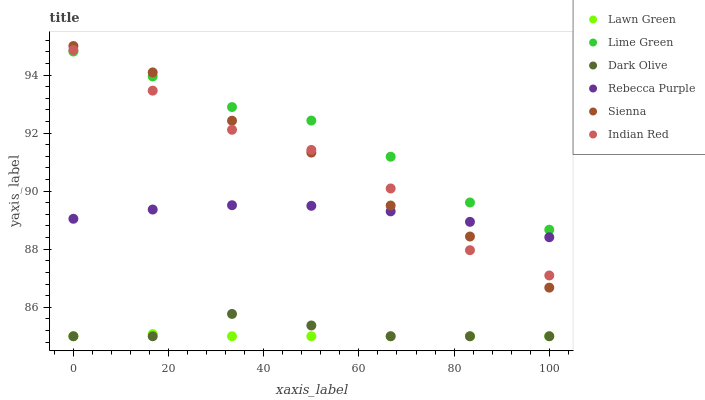
| xaxis_label | Lawn Green | Lime Green | Dark Olive | Rebecca Purple | Sienna | Indian Red |
 | --- | --- | --- | --- | --- | --- | --- |
 | 0 | 85 | 94.8 | 85 | 89 | 95 | 94.9 |
 | 16.7 | 85.1 | 94 | 85 | 89.4 | 94.1 | 93.5 |
 | 33.3 | 85 | 92.9 | 85.8 | 89.5 | 92.4 | 92.1 |
 | 50 | 85 | 92.4 | 85.4 | 89.5 | 91.3 | 91.4 |
 | 66.7 | 85 | 91.2 | 85 | 89.3 | 89.5 | 90.1 |
 | 83.3 | 85 | 89.6 | 85 | 88.9 | 88.4 | 88 |
 | 100 | 85 | 88.7 | 85 | 88.4 | 86.7 | 87.1 |